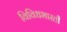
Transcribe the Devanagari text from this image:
विविधभारती